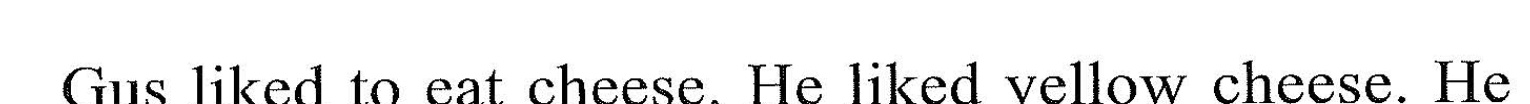
Gus liked to cat checse. He liked yeliow cheese. He